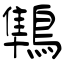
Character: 鶽